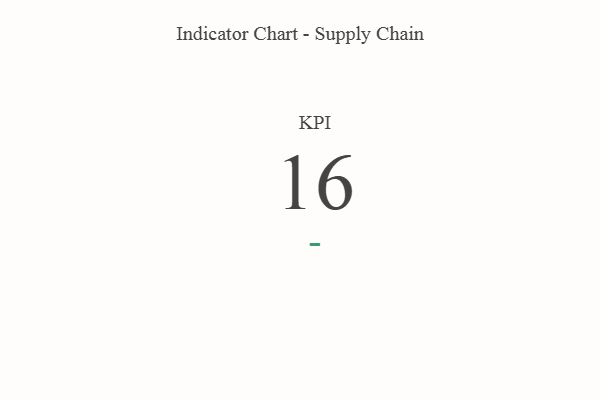
{"axis": {"x": "KPI", "y": "Value"}, "legend": [""], "data": [{"x": "KPI", "y": 16, "type": ""}]}